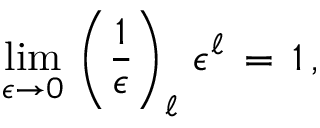
\begin{array} { l } { \displaystyle \operatorname* { l i m } _ { \epsilon \to 0 } \, \left( \frac 1 \epsilon \right) _ { \ell } \, \epsilon ^ { \ell } \, = \, 1 \, , } \end{array}